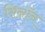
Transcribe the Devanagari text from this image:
मिनॉन